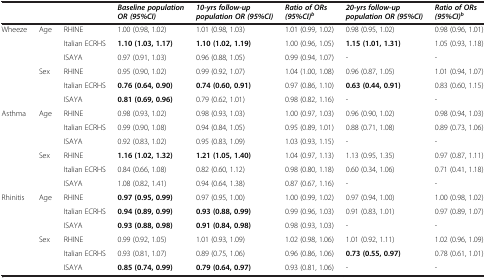
<table><thead><tr><td><b> </b></td><td><b> </b></td><td><b> </b></td><td><b><i>Baseline population OR (95%CI)</i></b></td><td><b><i>10-yrs follow-up population OR (95%CI)</i></b></td><td><b><i>Ratio of ORs (95%CI)</i><sup><i>b</i></sup></b></td><td><b><i>20-yrs follow-up population OR (95%CI)</i></b></td><td><b><i>Ratio of ORs (95%CI)</i><sup><i>b</i></sup></b></td></tr></thead><tbody><tr><td>Wheeze</td><td>Age</td><td>RHINE</td><td>1.00 (0.98, 1.02)</td><td>1.01 (0.98, 1.03)</td><td>1.01 (0.99, 1.02)</td><td>0.98 (0.95, 1.02)</td><td>0.98 (0.96, 1.01)</td></tr><tr><td> </td><td> </td><td>Italian ECRHS</td><td><b>1.10 (1.03, 1.17)</b></td><td><b>1.10 (1.02, 1.19)</b></td><td>1.00 (0.96, 1.05)</td><td><b>1.15 (1.01, 1.31)</b></td><td>1.05 (0.93, 1.18)</td></tr><tr><td> </td><td> </td><td>ISAYA</td><td>0.97 (0.91, 1.03)</td><td>0.96 (0.88, 1.05)</td><td>0.99 (0.94, 1.07)</td><td>-</td><td>-</td></tr><tr><td> </td><td>Sex</td><td>RHINE</td><td>0.95 (0.90, 1.02)</td><td>0.99 (0.92, 1.07)</td><td>1.04 (1.00, 1.08)</td><td>0.96 (0.87, 1.05)</td><td>1.01 (0.94, 1.07)</td></tr><tr><td> </td><td> </td><td>Italian ECRHS</td><td><b>0.76 (0.64, 0.90)</b></td><td><b>0.74 (0.60, 0.91)</b></td><td>0.97 (0.86, 1.10)</td><td><b>0.63 (0.44, 0.91)</b></td><td>0.83 (0.60, 1.15)</td></tr><tr><td> </td><td> </td><td>ISAYA</td><td><b>0.81 (0.69, 0.96)</b></td><td>0.79 (0.62, 1.01)</td><td>0.98 (0.82, 1.16)</td><td>-</td><td>-</td></tr><tr><td>Asthma</td><td>Age</td><td>RHINE</td><td>0.98 (0.93, 1.02)</td><td>0.98 (0.93, 1.03)</td><td>1.00 (0.97, 1.03)</td><td>0.96 (0.90, 1.02)</td><td>0.98 (0.94, 1.03)</td></tr><tr><td> </td><td> </td><td>Italian ECRHS</td><td>0.99 (0.90, 1.08)</td><td>0.94 (0.84, 1.05)</td><td>0.95 (0.89, 1.01)</td><td>0.88 (0.71, 1.08)</td><td>0.89 (0.73, 1.06)</td></tr><tr><td> </td><td> </td><td>ISAYA</td><td>0.92 (0.83, 1.02)</td><td>0.95 (0.83, 1.09)</td><td>1.03 (0.93, 1.15)</td><td>-</td><td>-</td></tr><tr><td> </td><td>Sex</td><td>RHINE</td><td><b>1.16 (1.02, 1.32)</b></td><td><b>1.21 (1.05, 1.40)</b></td><td>1.04 (0.97, 1.13)</td><td>1.13 (0.95, 1.35)</td><td>0.97 (0.87, 1.11)</td></tr><tr><td> </td><td> </td><td>Italian ECRHS</td><td>0.84 (0.66, 1.08)</td><td>0.82 (0.60, 1.12)</td><td>0.98 (0.80, 1.18)</td><td>0.60 (0.34, 1.06)</td><td>0.71 (0.41, 1.18)</td></tr><tr><td> </td><td> </td><td>ISAYA</td><td>1.08 (0.82, 1.41)</td><td>0.94 (0.64, 1.38)</td><td>0.87 (0.67, 1.16)</td><td>-</td><td>-</td></tr><tr><td>Rhinitis</td><td>Age</td><td>RHINE</td><td><b>0.97 (0.95, 0.99)</b></td><td>0.97 (0.95, 1.00)</td><td>1.00 (0.99, 1.02)</td><td>0.97 (0.94, 1.00)</td><td>1.00 (0.98, 1.02)</td></tr><tr><td> </td><td> </td><td>Italian ECRHS</td><td><b>0.94 (0.89, 0.99)</b></td><td><b>0.93 (0.88, 0.99)</b></td><td>0.99 (0.96, 1.03)</td><td>0.91 (0.83, 1.01)</td><td>0.97 (0.89, 1.07)</td></tr><tr><td> </td><td> </td><td>ISAYA</td><td><b>0.93 (0.88, 0.98)</b></td><td><b>0.91 (0.84, 0.98)</b></td><td>0.98 (0.93, 1.03)</td><td>-</td><td>-</td></tr><tr><td> </td><td>Sex</td><td>RHINE</td><td>0.99 (0.92, 1.05)</td><td>1.01 (0.93, 1.09)</td><td>1.02 (0.98, 1.06)</td><td>1.01 (0.92, 1.11)</td><td>1.02 (0.96, 1.09)</td></tr><tr><td> </td><td> </td><td>Italian ECRHS</td><td>0.93 (0.81, 1.07)</td><td>0.89 (0.75, 1.06)</td><td>0.96 (0.86, 1.06)</td><td><b>0.73 (0.55, 0.97)</b></td><td>0.78 (0.61, 1.01)</td></tr><tr><td> </td><td> </td><td>ISAYA</td><td><b>0.85 (0.74, 0.99)</b></td><td><b>0.79 (0.64, 0.97)</b></td><td>0.93 (0.81, 1.06)</td><td>-</td><td>-</td></tr></tbody></table>